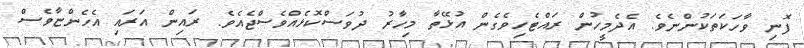
ފޮނި ވާހަކަތަކުންނެވެ. އެދެމީހުން ރައްޓެހިވެގެން އުޅޭތާ މިހާރު ދުވަސްކޮޅެއްވެސްޖެއެވެ. ރައިން އަރައި އެހެންޏާވެސް